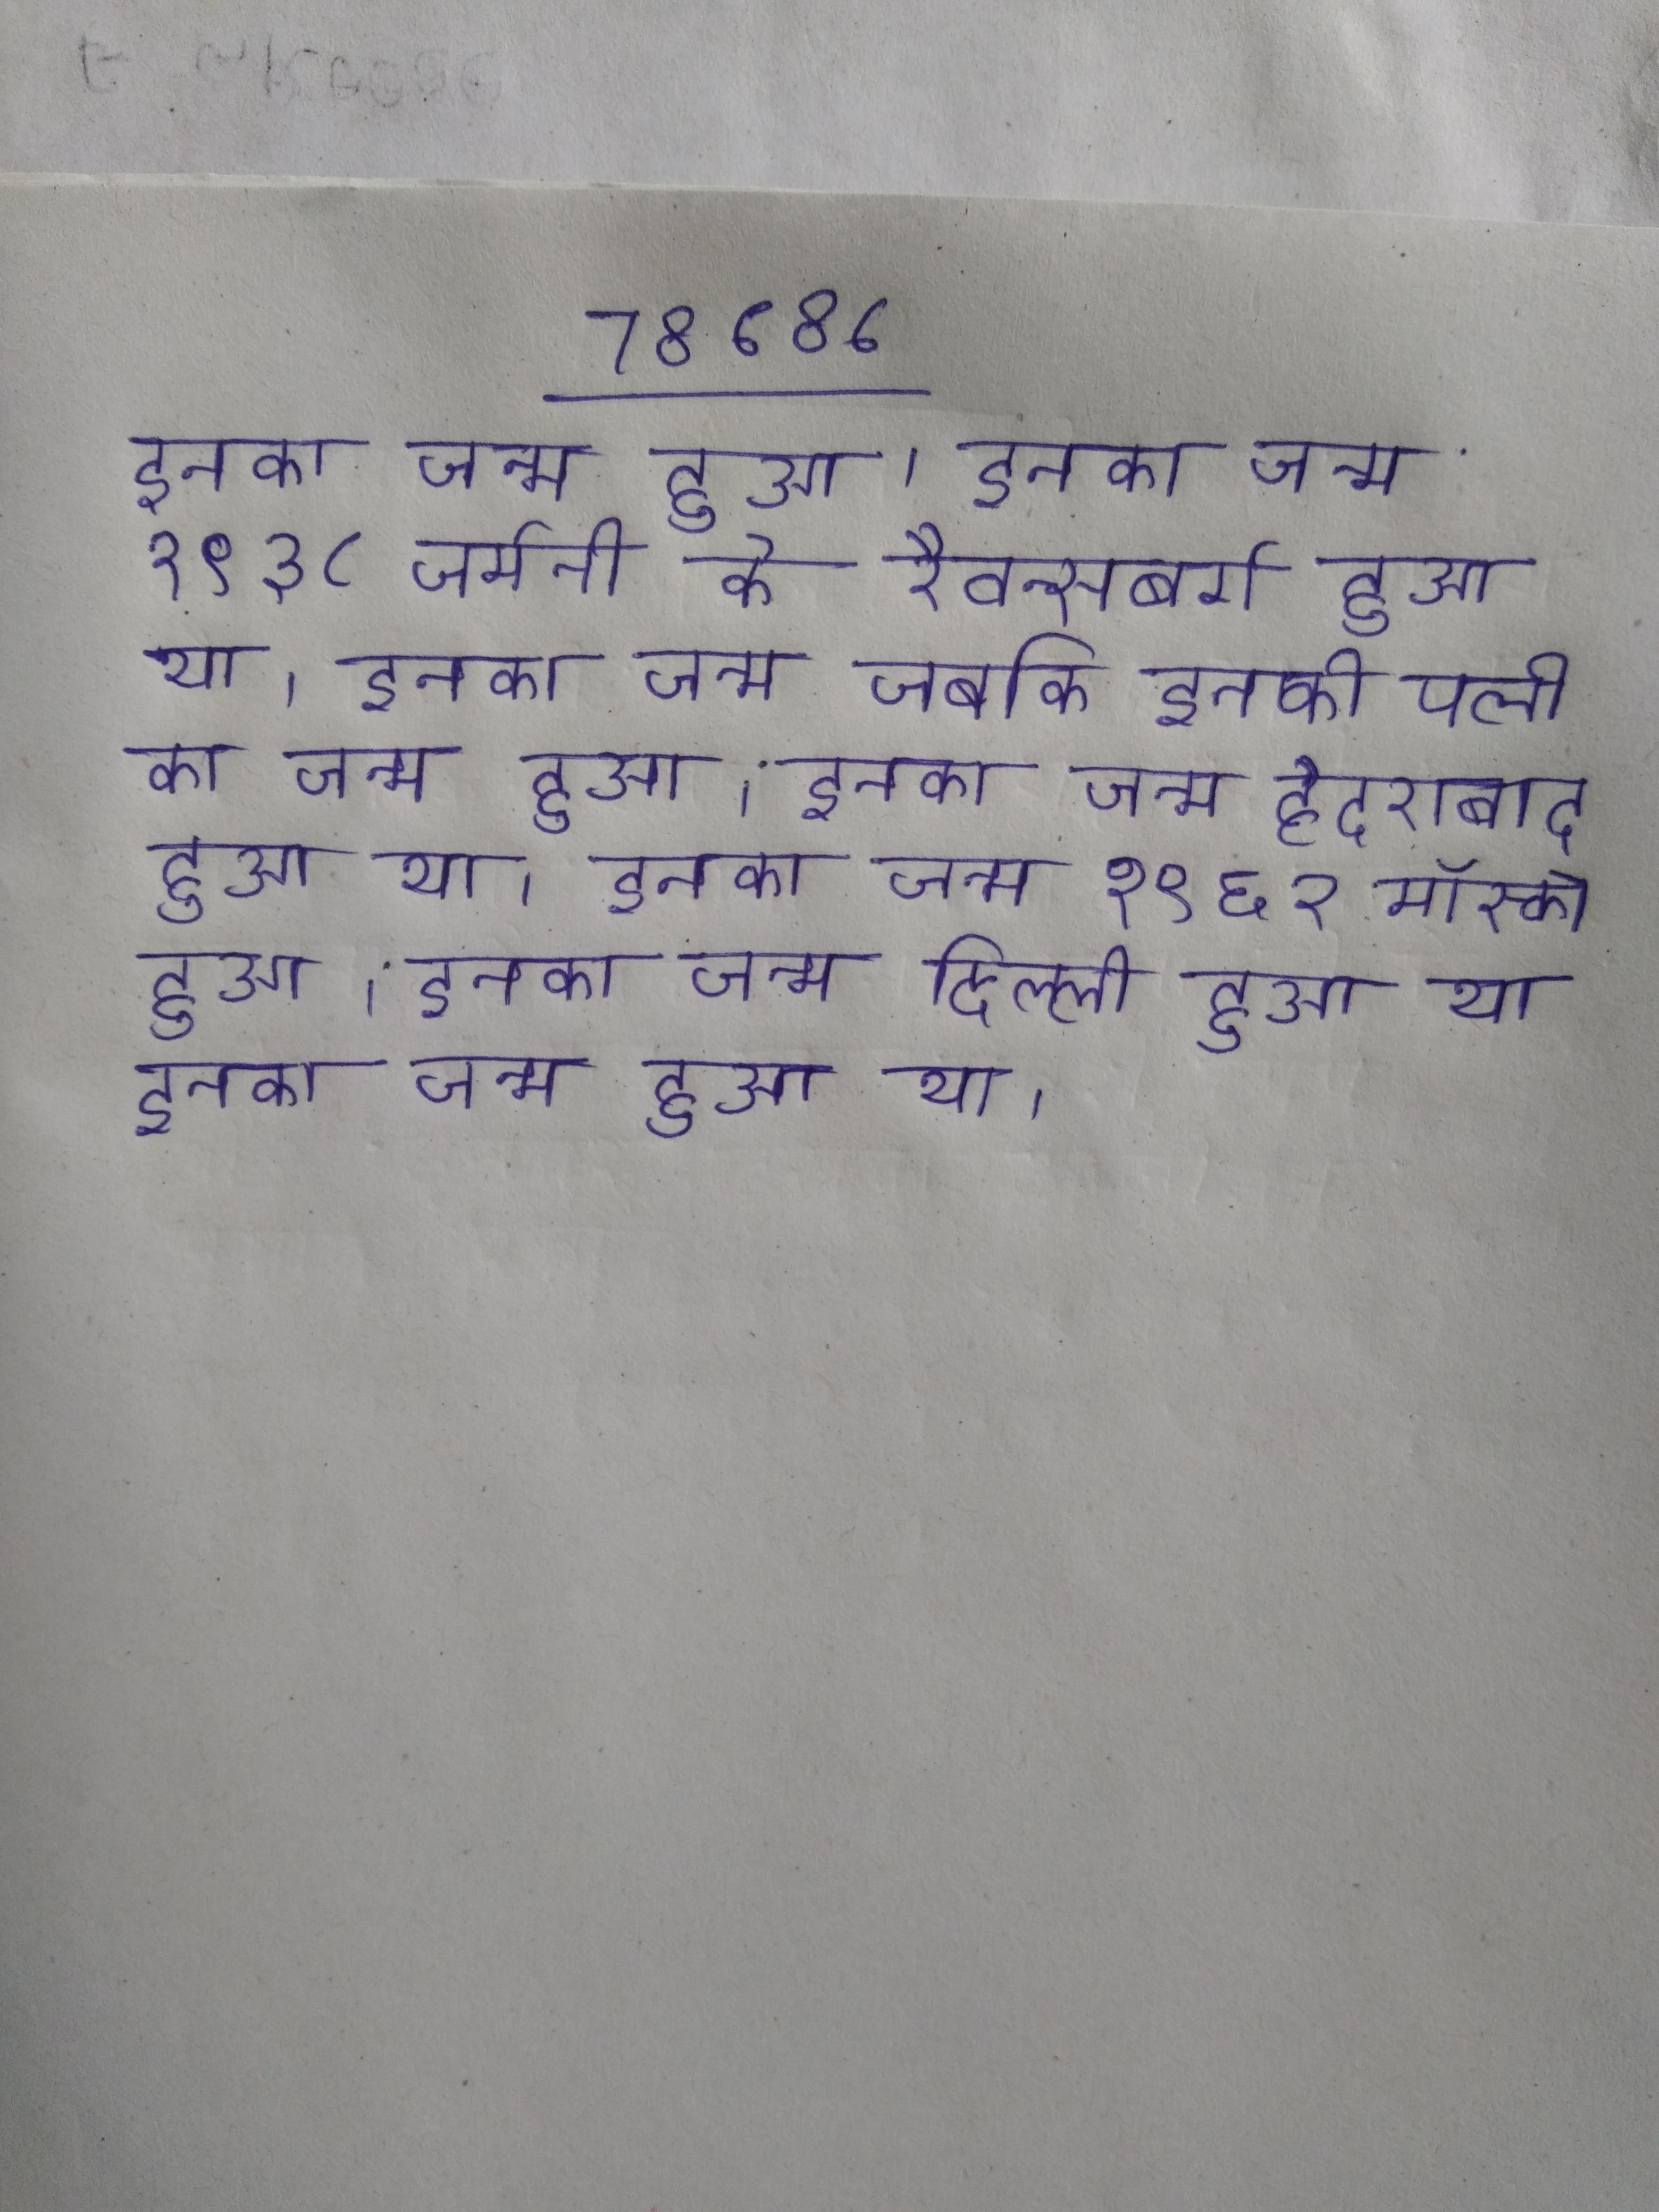
इनका जन्म हुआ । इनका जन्म १९३८ जर्मनी के रैवन्सबर्ग हुआ था । इनका जन्म जबकि इनकी पत्नी का जन्म हुआ । इनका जन्म हैदराबाद हुआ था । इनका जन्म १९६२ मॉस्को हुआ । इनका जन्म दिल्ली हुआ था । इनका जन्म हुआ था ।